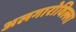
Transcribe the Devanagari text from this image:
अलगारोविल्ला